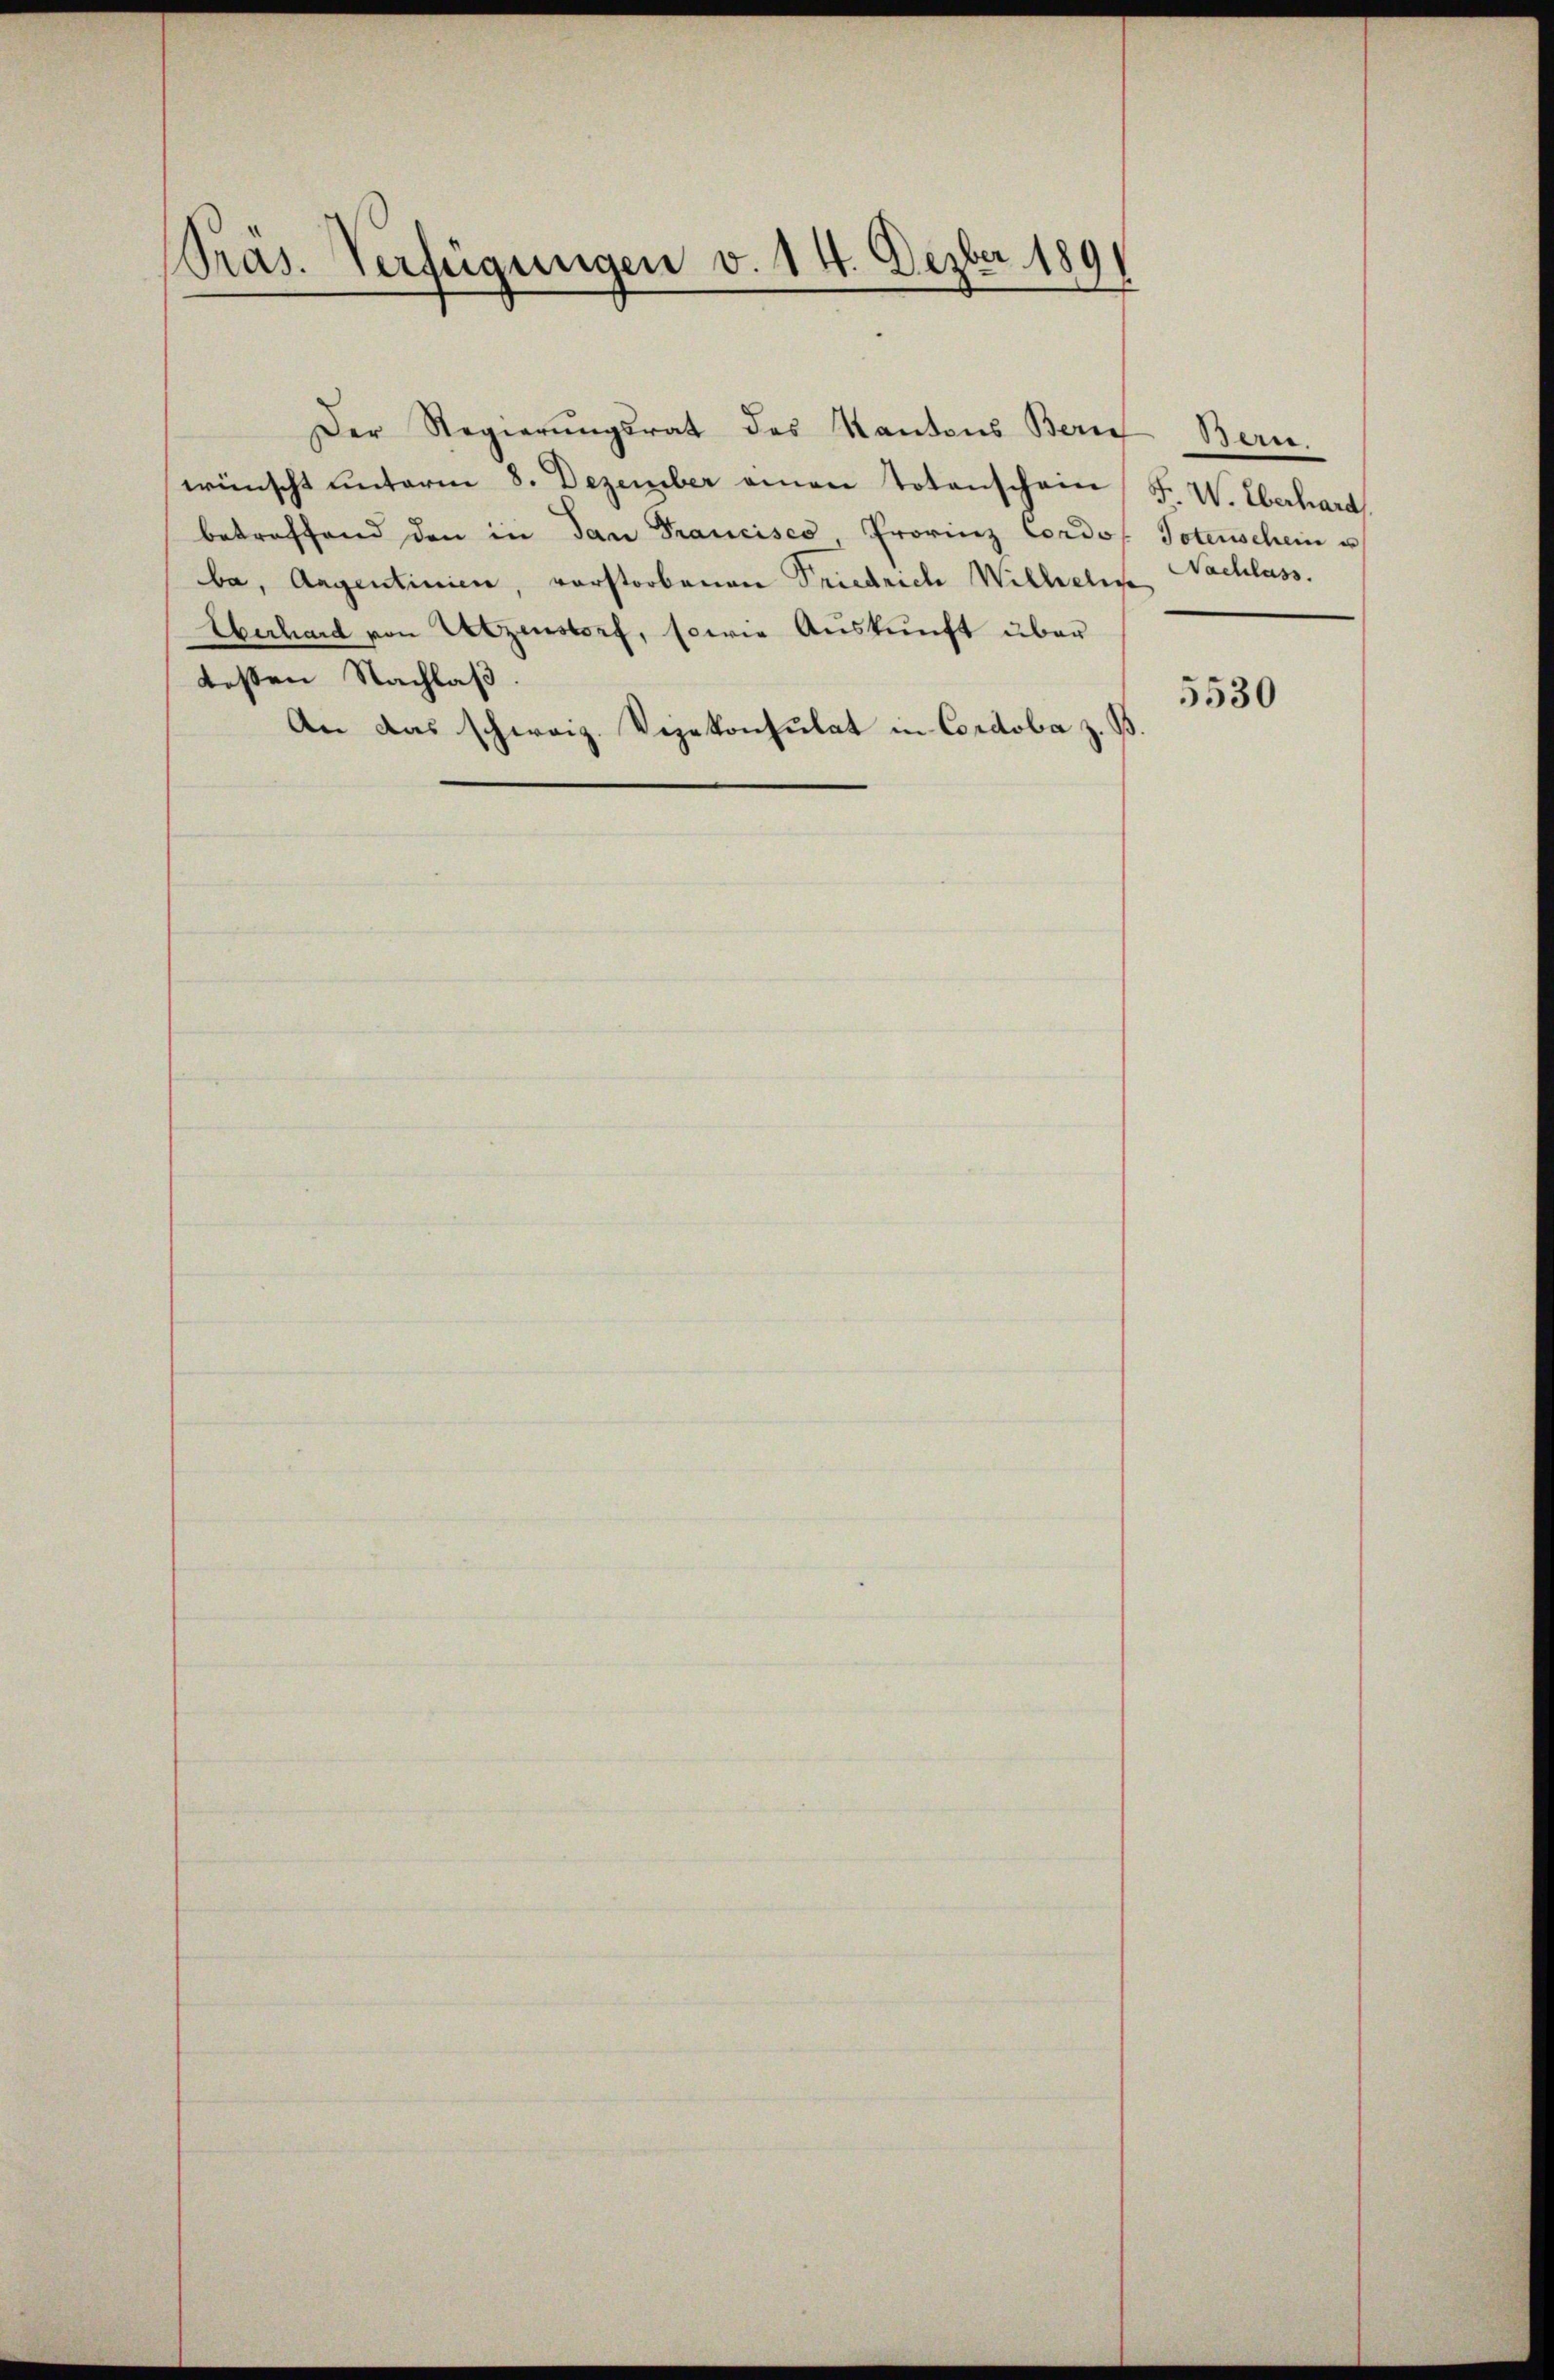
Präs. Verfügungen v. 14. Dezber 1891

Der Regierungsrat des Kantons Beri
wünscht unterm 8. Dezember einen Totenschein F. W. Überhard
betreffend den in dan Francisco Provinz Cordos Totenschein u
ba, Augentinien, vorstorbenen Friedrich Wilhelm
Eberhard von Utzenstorf, sowie Auskunft über
besten Nachlaß.
An das schweiz. Vizekonsulat in Cordoba z. B

Derre
Nachlass

5530